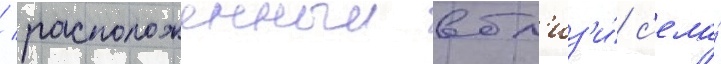
/ расположенныи вбл'из'и́ с'ела́